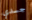
جسدي